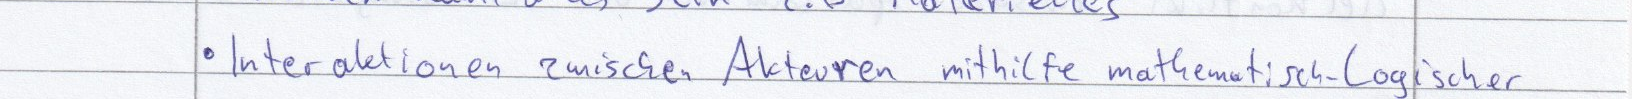
Interaktionen zwischen Akteuren mithilfe mathematisch-logischer